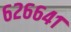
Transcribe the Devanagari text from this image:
६२६६४१